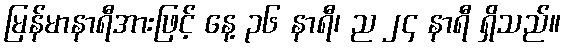
မြန်မာနာရီအားဖြင့် နေ့ ၃၆ နာရီ၊ ည ၂၄ နာရီ ရှိသည်။